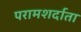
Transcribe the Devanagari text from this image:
परामशर्दाता